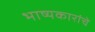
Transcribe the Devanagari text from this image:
भाष्यकारांचे